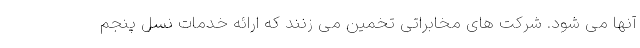
آنها می شود. شرکت های مخابراتی تخمین می زنند که ارائه خدمات نسل پنجم